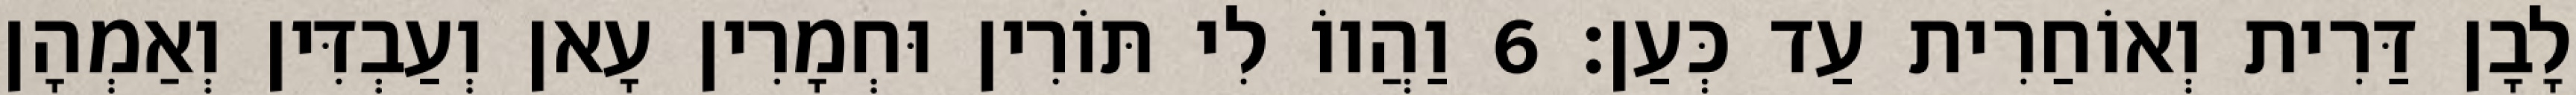
לָבָן דַּרִית וְאוֹחַרִית עַד כְּעַן׃ 6 וַהֲווֹ לִי תּוֹרִין וּחְמָרִין עָאן וְעַבְדִּין וְאַמְהָן